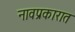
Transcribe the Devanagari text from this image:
नावप्रकारात